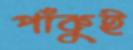
পাঁকুই